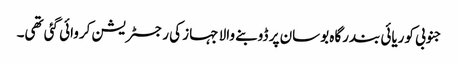
جنوبی کوریائی بندرگاہ بوسان پر ڈوبنے والا جہاز کی رجسٹریشن کروائی گئی تھی۔